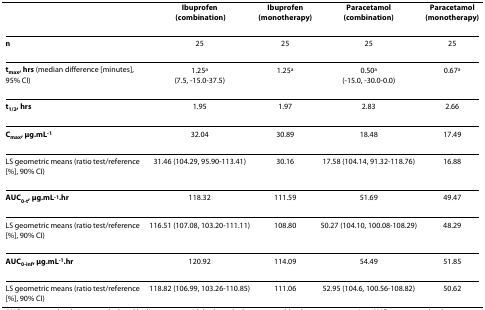
<table><thead><tr><td></td><td><b>Ibuprofen (combination)</b></td><td><b>Ibuprofen (monotherapy)</b></td><td><b>Paracetamol (combination)</b></td><td><b>Paracetamol (monotherapy)</b></td></tr></thead><tbody><tr><td><b>n</b></td><td>25</td><td>25</td><td>25</td><td>25</td></tr><tr><td><b>t</b><sub><b>max</b></sub><b>, hrs </b>(median difference [minutes], 95% CI)</td><td>1.25<sup>a</sup>(7.5, -15.0-37.5)</td><td>1.25<sup>a</sup></td><td>0.50<sup>a</sup>(-15.0, -30.0-0.0)</td><td>0.67<sup>a</sup></td></tr><tr><td><b>t</b><sub><b>1/2</b></sub><b>, hrs</b></td><td>1.95</td><td>1.97</td><td>2.83</td><td>2.66</td></tr><tr><td><b>C</b><sub><b>max</b></sub><b>, μg.mL</b><sup><b>-1</b></sup></td><td>32.04</td><td>30.89</td><td>18.48</td><td>17.49</td></tr><tr><td>LS geometric means (ratio test/reference [%], 90% CI)</td><td>31.46 (104.29, 95.90-113.41)</td><td>30.16</td><td>17.58 (104.14, 91.32-118.76)</td><td>16.88</td></tr><tr><td><b>AUC</b><sub><b>0-t</b></sub><b>, μg.mL</b><sup><b>-1</b></sup><b>.hr</b></td><td>118.32</td><td>111.59</td><td>51.69</td><td>49.47</td></tr><tr><td>LS geometric means (ratio test/reference [%], 90% CI)</td><td>116.51 (107.08, 103.20-111.11)</td><td>108.80</td><td>50.27 (104.10, 100.08-108.29)</td><td>48.29</td></tr><tr><td><b>AUC</b><sub><b>0-inf</b></sub><b>, μg.mL</b><sup><b>-1</b></sup><b>.hr</b></td><td>120.92</td><td>114.09</td><td>54.49</td><td>51.85</td></tr><tr><td>LS geometric means (ratio test/reference [%], 90% CI)</td><td>118.82 (106.99, 103.26-110.85)</td><td>111.06</td><td>52.95 (104.6, 100.56-108.82)</td><td>50.62</td></tr></tbody></table>